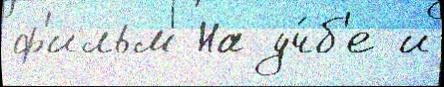
ф'ильм На уч́б'е и